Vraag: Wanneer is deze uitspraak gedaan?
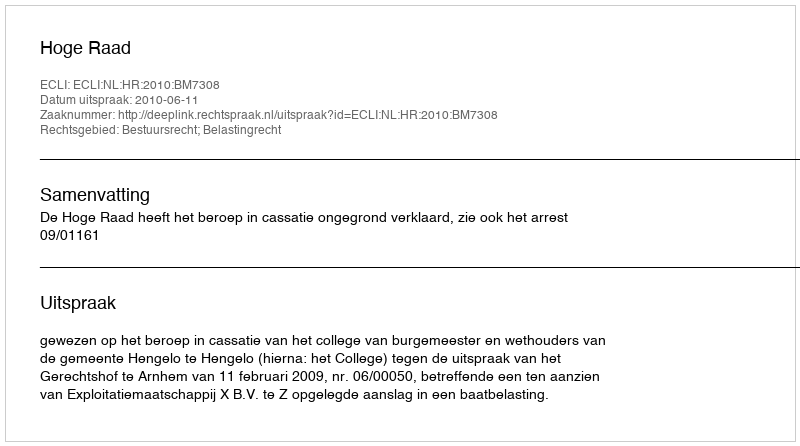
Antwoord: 2010-06-11